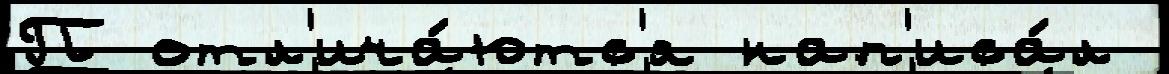
П отл'ича́ютс'я нап'иса́л